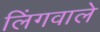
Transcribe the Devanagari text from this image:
लिंगवाले